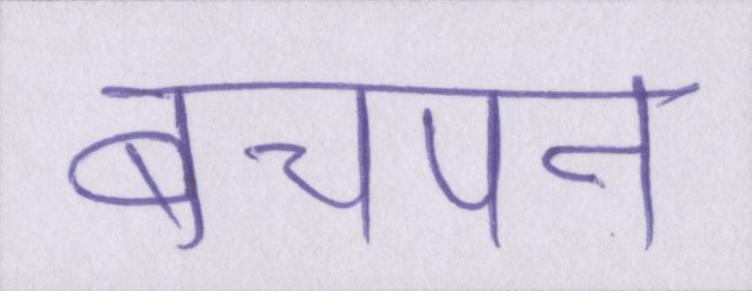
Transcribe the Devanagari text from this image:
बचपन